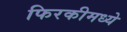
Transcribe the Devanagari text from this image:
फिरकीमध्ये